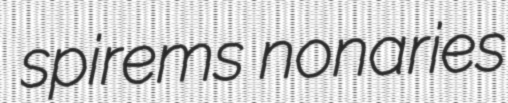
spirems nonaries